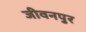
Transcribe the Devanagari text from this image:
जीवनपुर